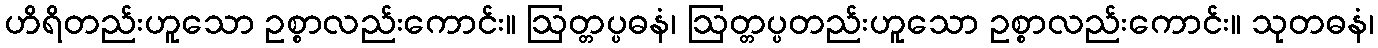
ဟိရိတည်းဟူသော ဥစ္စာလည်းကောင်း။ ဩတ္တပ္ပဓနံ၊ ဩတ္တပ္ပတည်းဟူသော ဥစ္စာလည်းကောင်း။ သုတဓနံ၊